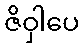
ဇိဝှါပေ